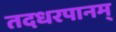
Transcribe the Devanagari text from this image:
तदधरपानम्